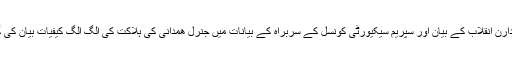
یوں پاسدارن انقلاب کے بیان اور سپریم سیکیورٹی کونسل کے سربراہ کے بیانات میں جنرل ھمدانی کی ہلاکت کی الگ الگ کیفیات بیان کی گئی ہیں۔